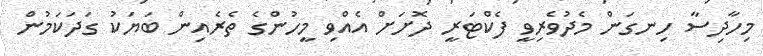
މިހާދިސާ ހިނގަން މެދުވެރިވީ ފެކްޓަރީ ދޮށަށް އެއްވި މީހުންގެ ތެރެއިން ބަޔަކު ގަދަކަމުން